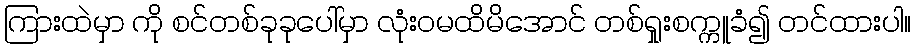
ကြားထဲမှာ ကို စင်တစ်ခုခုပေါ်မှာ လုံးဝမထိမိအောင် တစ်ရှုးစက္ကူခံ၍ တင်ထားပါ။